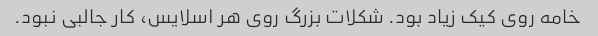
خامه روی کیک زیاد بود. شکلات بزرگ روی هر اسلایس، کار جالبی نبود.